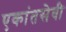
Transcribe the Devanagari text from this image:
एकांतसेवी